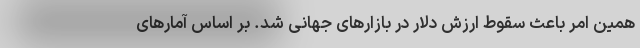
همین امر باعث سقوط ارزش دلار در بازارهای جهانی شد. بر اساس آمارهای